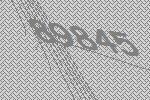
89845